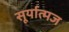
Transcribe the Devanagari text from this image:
सूर्यात्मज